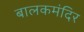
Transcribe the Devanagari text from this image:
बालकमंदिर